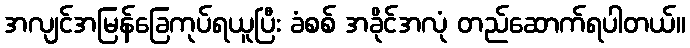
အလျင်အမြန်ခြေကုပ်ရယူပြီး ခံစစ် အခိုင်အလုံ တည်ဆောက်ရပါတယ်။